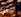
جاني